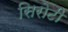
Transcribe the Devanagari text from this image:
सिरोटी